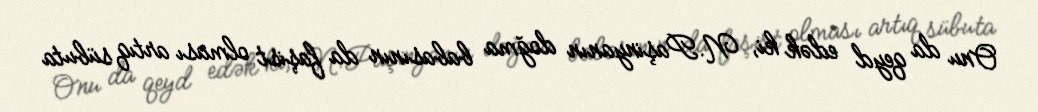
Onu da qeyd edək ki, N.Paşinyanın doğma babasının da faşist olması artıq sübuta